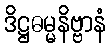
ဒိဋ္ဌဓမ္မနိဗ္ဗာနံ